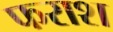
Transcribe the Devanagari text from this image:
फराश